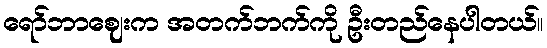
ရော်ဘာဈေးက အတက်ဘက်ကို ဦးတည်နေပါတယ်။